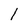
Character: 1